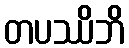
တပဿိဘိ